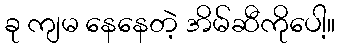
ခု ကျမ နေနေတဲ့ အိမ်ဆီကိုပေါ့။